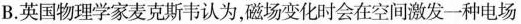
B.英国物理学家麦克斯韦认为，磁场变化时会在空间激发一种电场